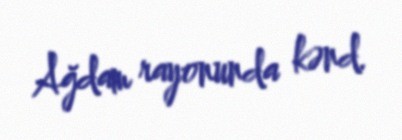
Ağdam rayonunda kənd.